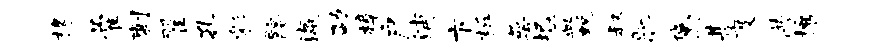
椽藿刺翟孔彩髂瀛劭樟户浦卞柝萼圯盆蜕叔肥黛甚度供攘